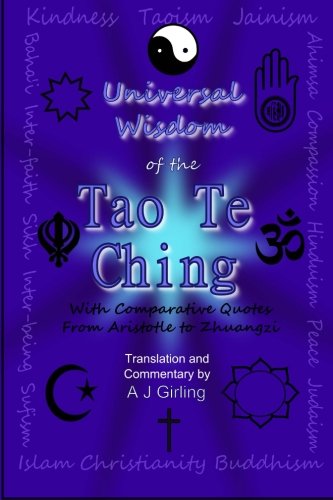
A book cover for Tao Te Ching: With Comparative Quotes From Aristotle to Zhuangzi; Lao Tzu; Religion & Spirituality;